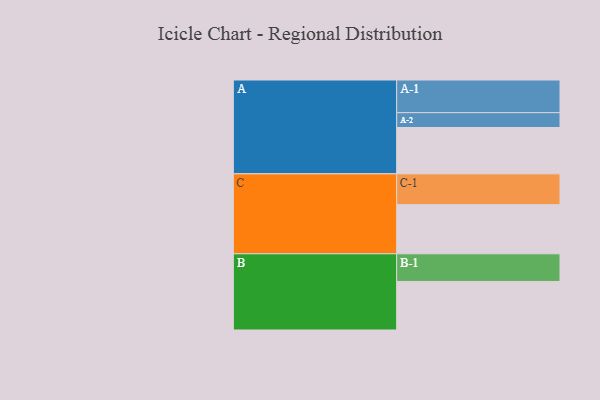
{"axis": {"x": "Segment", "y": "Value"}, "legend": ["", "A", "B", "C"], "data": [{"x": "A", "y": 397, "type": ""}, {"x": "B", "y": 416, "type": ""}, {"x": "C", "y": 421, "type": ""}, {"x": "A-1", "y": 280, "type": "A"}, {"x": "A-2", "y": 127, "type": "A"}, {"x": "B-1", "y": 237, "type": "B"}, {"x": "C-1", "y": 264, "type": "C"}]}